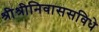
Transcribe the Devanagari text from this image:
श्रीश्रीनिवाससविधे